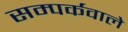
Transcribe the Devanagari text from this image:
सम्पर्कवाले